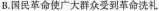
B.国民革命使广大群众受到革命洗礼